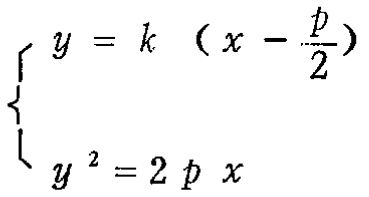
\[\begin{cases}
y = k\left(x - \frac{p}{2}\right)\\
y^{2} = 2px
\end{cases}\]